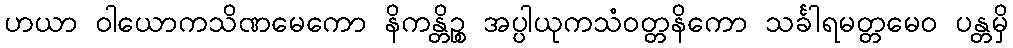
ဟယာ ဝါယောကသိဏမေကော နိကန္တိဉ္စ အပ္ပါယုကသံဝတ္တနိကော သင်္ခါရမတ္တမေဝ ပန္တမှိ